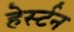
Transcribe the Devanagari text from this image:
हेर्स्टन